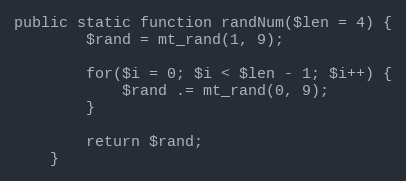
Language: PHP
public static function randNum($len = 4) {
		$rand = mt_rand(1, 9);

		for($i = 0; $i < $len - 1; $i++) {
			$rand .= mt_rand(0, 9);
		}

		return $rand;
	}